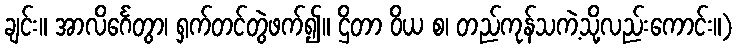
ချင်း။ အာလိင်္ဂေတွာ၊ ရှက်တင်တွဲဖက်၍။ ဌိတာ ဝိယ စ၊ တည်ကုန်သကဲ့သို့လည်းကောင်း။)